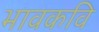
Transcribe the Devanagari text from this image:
भावकवि